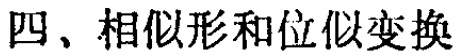
四、相似形和位似变换